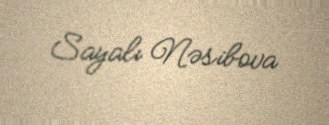
Sayalı Nəsibova